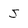
Character: J